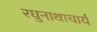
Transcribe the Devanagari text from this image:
रघुनाथाचार्य